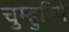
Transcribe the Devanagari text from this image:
चुम्हुरिये